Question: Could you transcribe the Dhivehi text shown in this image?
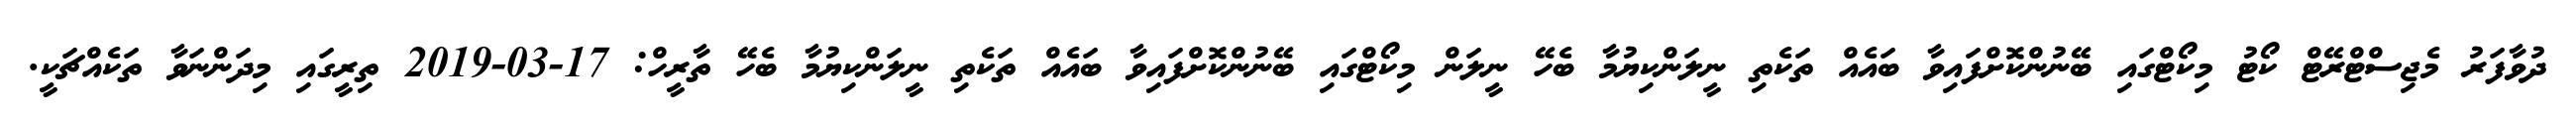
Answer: ދުވާފަރު މެޖިސްޓްރޭޓް ކޯޓު މިކޯޓްގައި ބޭނުންކޮށްފައިވާ ބައެއް ތަކެތި ނީލަންކިޔުމާ ބެހޭ ނީލަން މިކޯޓްގައި ބޭނުންކޮށްފައިވާ ބައެއް ތަކެތި ނީލަންކިޔުމާ ބެހޭ ތާރީހް: 17-03-2019 ތިރީގައި މިދަންނަވާ ތަކެއްޗަކީ.